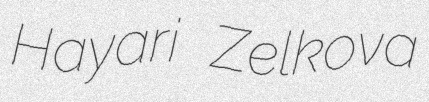
Hayari Zelkova